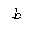
Letter: _da